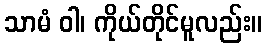
သာမံ ဝါ၊ ကိုယ်တိုင်မူလည်း။